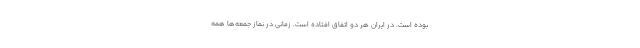
بوده است. در ایران هر دو اتفاق افتاده است. زمانی در نماز جمعه‌ها همه